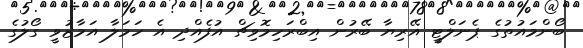
ބޯންމައުތުގެ ޕެނަލްޓީ އޭރިޔާ ބޭރުން އިބްރަހިމޮވިޗް އުފެއްދި އެ ހަމަލާ އަމާޒުވީ ގޯލުގެ